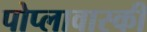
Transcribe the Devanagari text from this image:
पोप्लावास्की